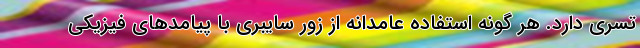
تسری دارد. هر گونه استفاده عامدانه از زور سایبری با پیامدهای فیزیکی